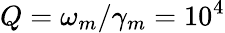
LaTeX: Q=\omega_{m}/\gamma_{m}=10^{4}